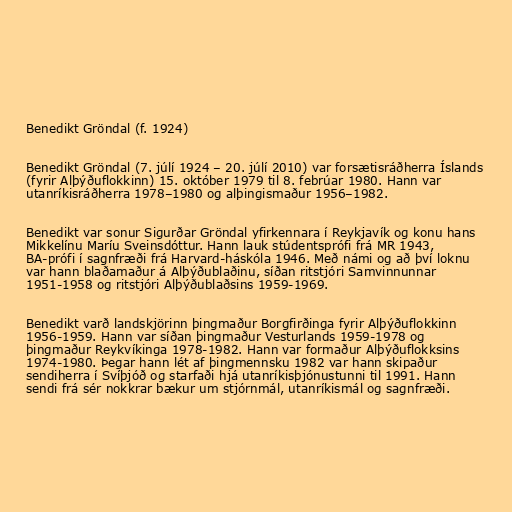
Benedikt Gröndal (f. 1924)

Benedikt Gröndal (7. júlí 1924 – 20. júlí 2010) var forsætisráðherra Íslands
(fyrir Alþýðuflokkinn) 15. október 1979 til 8. febrúar 1980. Hann var
utanríkisráðherra 1978–1980 og alþingismaður 1956–1982.

Benedikt var sonur Sigurðar Gröndal yfirkennara í Reykjavík og konu hans
Mikkelínu Maríu Sveinsdóttur. Hann lauk stúdentsprófi frá MR 1943,
BA-prófi í sagnfræði frá Harvard-háskóla 1946. Með námi og að því loknu
var hann blaðamaður á Alþýðublaðinu, síðan ritstjóri Samvinnunnar
1951-1958 og ritstjóri Alþýðublaðsins 1959-1969.

Benedikt varð landskjörinn þingmaður Borgfirðinga fyrir Alþýðuflokkinn
1956-1959. Hann var síðan þingmaður Vesturlands 1959-1978 og
þingmaður Reykvíkinga 1978-1982. Hann var formaður Alþýðuflokksins
1974-1980. Þegar hann lét af þingmennsku 1982 var hann skipaður
sendiherra í Svíþjóð og starfaði hjá utanríkisþjónustunni til 1991. Hann
sendi frá sér nokkrar bækur um stjórnmál, utanríkismál og sagnfræði.